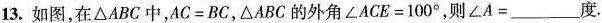
13.如图，在△ABC中，$$AC=BC$$，△ABC的外角$$∠ACE=100°$$，则$$∠A=____度$$。